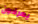
يعرفون